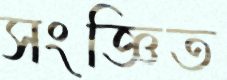
সংজ্ঞিত